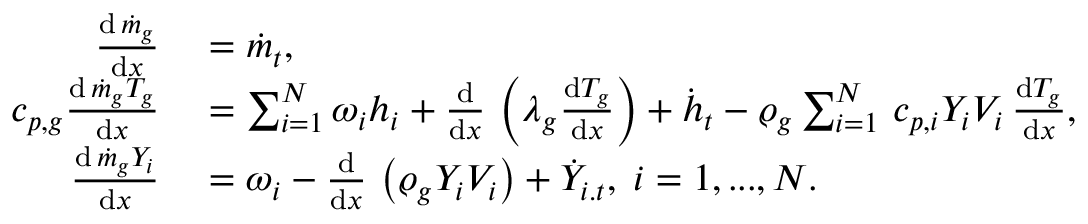
\begin{array} { r l } { \frac { \mathrm { d } \, \dot { m } _ { g } } { \mathrm { d } x } } & { { } = \dot { m } _ { t } , } \\ { c _ { p , g } \frac { \mathrm { d } \, \dot { m } _ { g } T _ { g } } { \mathrm { d } x } } & { { } = \sum _ { i = 1 } ^ { N } \omega _ { i } h _ { i } + \frac { \mathrm { d } } { \mathrm { d } x } \, \left( \lambda _ { g } \frac { \mathrm { d } T _ { g } } { \mathrm { d } x } \right) + \dot { h } _ { t } - \varrho _ { g } \sum _ { i = 1 } ^ { N } \, c _ { p , i } Y _ { i } V _ { i } \, \frac { \mathrm { d } T _ { g } } { \mathrm { d } x } , } \\ { \frac { \mathrm { d } \, \dot { m } _ { g } Y _ { i } } { \mathrm { d } x } } & { { } = \omega _ { i } - \frac { \mathrm { d } } { \mathrm { d } x } \, \left( \varrho _ { g } Y _ { i } V _ { i } \right) + \dot { Y } _ { i . t } , \; i = 1 , . . . , N . } \end{array}